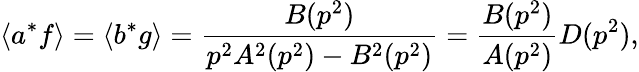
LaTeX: \langle a^{*}f\rangle=\langle b^{*}g\rangle=\frac{B(p^{2})}{p^{2}A^{2}(p^{2})-B^{2}(p^{2})}=\frac{B(p^{2})}{A(p^{2})}D(p^{2}),